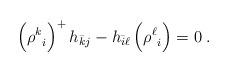
LaTeX: \begin{align*}\Bigl({\rho^k}_i\Bigr)^+\,h_{\bar k j}-h_{\bar i \ell}\,\Bigl({\rho^\ell}_i\Bigr)=0\;.\end{align*}